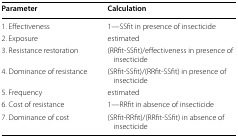
| Parameter | Calculation |
 | --- | --- |
 | 1. Effectiveness | 1—SSfit in presence of insecticide |
 | 2. Exposure | estimated |
 | 3. Resistance restoration | (RRfit-SSfit)/effectiveness in presence of insecticide |
 | 4. Dominance of resistance | (SRfit-SSfit)/(RRfit-SSfit) in presence of insecticide |
 | 5. Frequency | estimated |
 | 6. Cost of resistance | 1—RRfit in absence of insecticide |
 | 7. Dominance of cost | (SRfit-RRfit)/(RRfit-SSfit) in absence of insecticide |